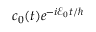
c _ { 0 } ( t ) e ^ { - i \mathcal { E } _ { 0 } t / \hbar }